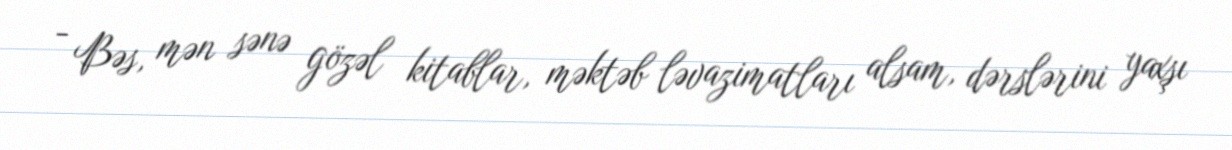
- Bəs, mən sənə gözəl kitablar, məktəb ləvazimatları alsam, dərslərini yaxşı